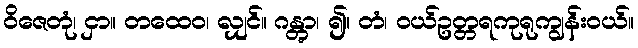
ဝိဇေတုံ၊ ငှာ။ တထေဝ၊ လျှင်။ ဂန္တွာ၊ ၍။ တံ၊ ဝယ်ဥတ္တရကုရုကျွန်းဝယ်။